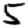
Digit: 5